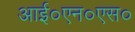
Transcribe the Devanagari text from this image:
आई०एन०एस०